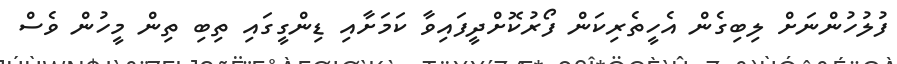
ފުލުހުންނަށް ލިބިގެން އެހީތެރިކަން ފޯރުކޮށްދީފައިވާ ކަމަށާއި ޑިންގީގައި ތިބި ތިން މީހުން ވެސް